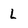
Character: l